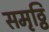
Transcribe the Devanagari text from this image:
समृठ्ठि